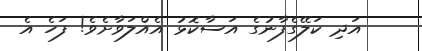
އަދި ކަލޭގެފާނުގެ އަސާކޮޅު އެއްލަވާށެވެ! ފަހެ އެ